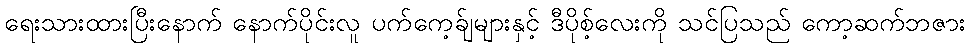
ရေးသားထားပြီးနောက် နောက်ပိုင်းလူ ပက်ကေ့ခ်ျများနှင့် ဒီပိုစ့်လေးကို သင်ပြသည် ကော့ဆက်ဘဇား